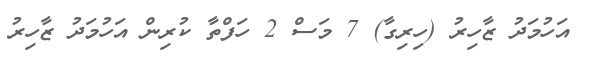
އަހުމަދު ޒާހިރު (ހިރިގާ) 7 މަސް 2 ހަފްތާ ކުރިން އަހުމަދު ޒާހިރު